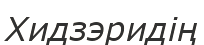
Хидзэридің